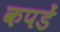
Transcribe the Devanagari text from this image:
कपडें